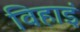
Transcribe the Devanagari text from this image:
विहाइं